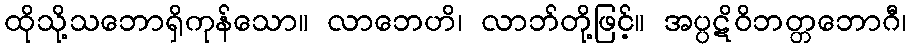
ထိုသို့သဘောရှိကုန်သော။ လာဘေဟိ၊ လာဘ်တို့ဖြင့်။ အပ္ပဋိဝိဘတ္တဘောဂီ၊